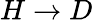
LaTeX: H\rightarrow D